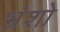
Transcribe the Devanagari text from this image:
भ्रंशो